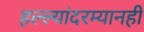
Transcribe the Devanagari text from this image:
हल्ल्यांदरम्यानही